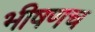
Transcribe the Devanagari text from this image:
भीषणच